Document type: Sale
Year: 1235
Scribe: Pere de Bages
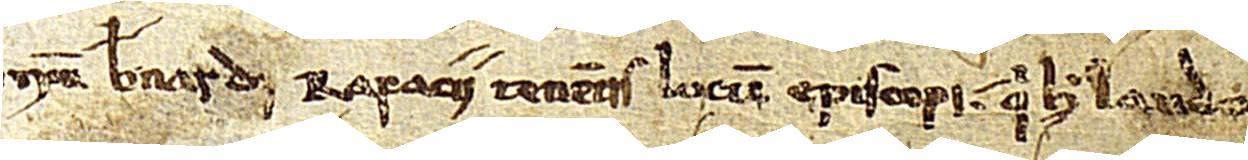
num Bernardi Rapacii, tenentis locum episcopi, qui hoc laudo.